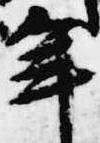
年